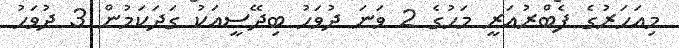
މިއަހަރުގެ ފެބްރުއަރީ މަހުގެ 2 ވަނަ ދުވަހު ބިދޭސީއަކު ގަދަކަމުން 3 ދުވަހު